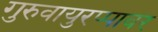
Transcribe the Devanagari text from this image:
गुरुवायुरप्पावर